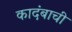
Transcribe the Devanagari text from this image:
कादंबाची